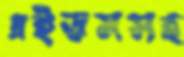
এইডসসহ